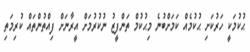
ޙުކުމަކީ ހަރުކަށި ޙުކުމެއް ކަމަށްބުނެ މިޙުކުމް ތަންފީޒު ނުކުރުމަށް އީރާނަށް ފިއްތުންތައް ކުރިމަތި